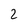
Character: 2